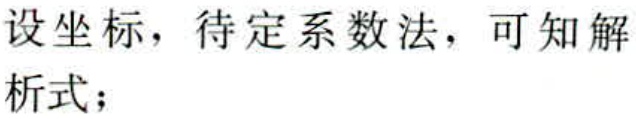
设坐标，待定系数法，可知解析式；